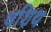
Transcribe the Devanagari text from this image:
वशिथ